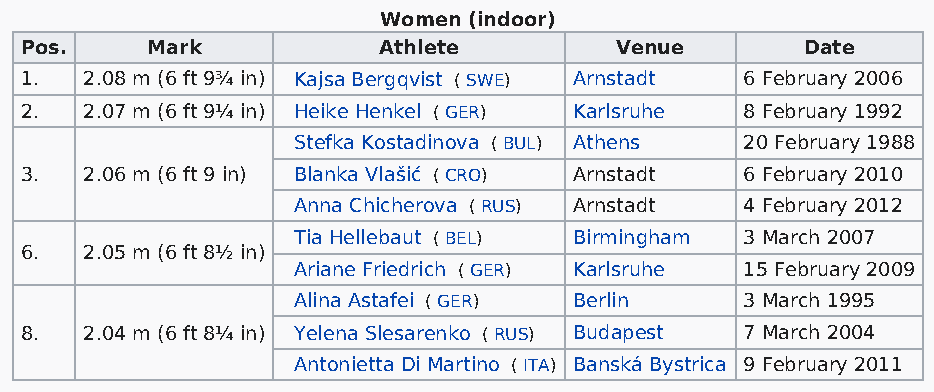
Women (indoor)
 Pos.     Mark           Athlete         Venue       Date
 1.   2.08 m (6 ft 9¾ in) Kajsa Bergqvist ( SWE) Arnstadt 6 February 2006
 2.   2.07 m (6 ft 9¼ in) Heike Henkel ( GER) Karlsruhe 8 February 1992
 Stefka Kostadinova ( BUL) Athens 20 February 1988
 3.   2.06 m (6 ft 9 in) Blanka Vlašić ( CRO) Arnstadt 6 February 2010
 Anna Chicherova ( RUS) Arnstadt 4 February 2012
 Tia Hellebaut ( BEL) Birmingham 3 March 2007
 6.   2.05 m (6 ft 8½ in)
 Ariane Friedrich ( GER) Karlsruhe 15 February 2009
 Alina Astafei ( GER) Berlin   3 March 1995
 8.   2.04 m (6 ft 8¼ in) Yelena Slesarenko ( RUS) Budapest 7 March 2004
 Antonietta Di Martino ( ITA) Banská Bystrica 9 February 2011